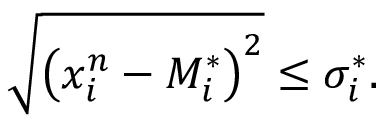
\displaystyle \sqrt { \left( x _ { i } ^ { n } - M _ { i } ^ { * } \right) ^ { 2 } } \le \sigma _ { i } ^ { * } .